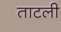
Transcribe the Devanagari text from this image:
ताटली